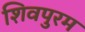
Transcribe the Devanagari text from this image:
शिवपुरम